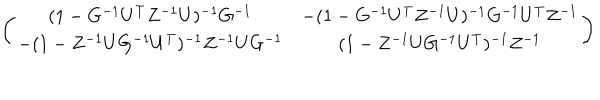
\left( \begin{array} { c c } { { ( 1 - G ^ { - 1 } U ^ { T } Z ^ { - 1 } U ) ^ { - 1 } G ^ { - 1 } } } & { { - ( 1 - G ^ { - 1 } U ^ { T } Z ^ { - 1 } U ) ^ { - 1 } G ^ { - 1 } U ^ { T } Z ^ { - 1 } } } \\ { { - ( 1 - Z ^ { - 1 } U G ^ { - 1 } U ^ { T } ) ^ { - 1 } Z ^ { - 1 } U G ^ { - 1 } } } & { { ( 1 - Z ^ { - 1 } U G ^ { - 1 } U ^ { T } ) ^ { - 1 } Z ^ { - 1 } } } \\ \end{array} \right)